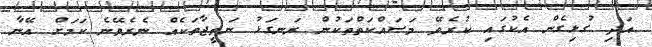
އަދި ގުޅިގެން އެކުގައި ކުރެވޭ މަސައްކަތްތަކުން ރަނގަޅު ނަތީޖާތަކެއް ނެރެވޭނެ ކަމަށް އޭނާ